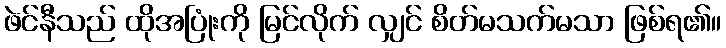
ဖဲင်နီသည် ထိုအပြုံးကို မြင်လိုက် လျှင် စိတ်မသက်မသာ ဖြစ်ရ၏။